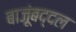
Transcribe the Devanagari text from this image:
बाजूंबद्दल